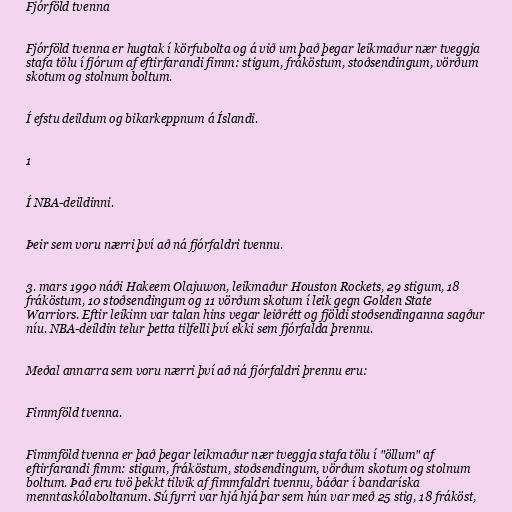
Fjórföld tvenna

Fjórföld tvenna er hugtak í körfubolta og á við um það þegar leikmaður nær tveggja
stafa tölu í fjórum af eftirfarandi fimm: stigum, fráköstum, stoðsendingum, vörðum
skotum og stolnum boltum.

Í efstu deildum og bikarkeppnum á Íslandi.

1

Í NBA-deildinni.

Þeir sem voru nærri því að ná fjórfaldri tvennu.

3. mars 1990 náði Hakeem Olajuwon, leikmaður Houston Rockets, 29 stigum, 18
fráköstum, 10 stoðsendingum og 11 vörðum skotum í leik gegn Golden State
Warriors. Eftir leikinn var talan hins vegar leiðrétt og fjöldi stoðsendinganna sagður
níu. NBA-deildin telur þetta tilfelli því ekki sem fjórfalda þrennu.

Meðal annarra sem voru nærri því að ná fjórfaldri þrennu eru:

Fimmföld tvenna.

Fimmföld tvenna er það þegar leikmaður nær tveggja stafa tölu í "öllum" af
eftirfarandi fimm: stigum, fráköstum, stoðsendingum, vörðum skotum og stolnum
boltum. Það eru tvö þekkt tilvik af fimmfaldri tvennu, báðar í bandaríska
menntaskólaboltanum. Sú fyrri var hjá hjá þar sem hún var með 25 stig, 18 fráköst,